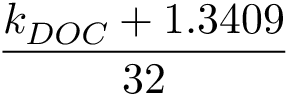
\frac { k _ { D O C } + 1 . 3 4 0 9 } { 3 2 }